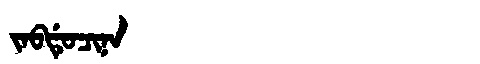
Manchu: ᠵᠠᠪᡩᡠᠴᡳᠨᠠ
Romanization: JABDUCINA